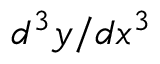
d ^ { 3 } y / d x ^ { 3 }